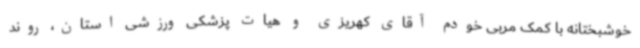
خوشبختانه با کمک مربی خودم آقای کهریزی و هیات پزشکی ورزشی استان، روند